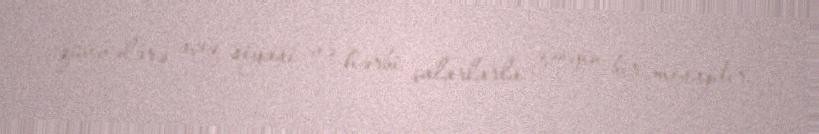
qüvvələrə açıq siyasi və hərbi çalarlarla zəngin bir mesajdır.